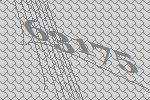
63175